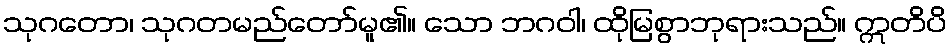
သုဂတော၊ သုဂတမည်တော်မူ၏။ သော ဘဂဝါ၊ ထိုမြစွာဘုရားသည်။ ဣတိပိ